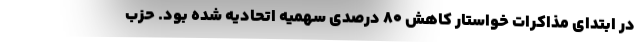
در ابتدای مذاکرات خواستار کاهش ۸۰ درصدی سهمیه اتحادیه شده بود. حزب